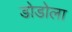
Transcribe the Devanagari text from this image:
डोडोला